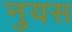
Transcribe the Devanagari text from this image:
नुयस